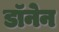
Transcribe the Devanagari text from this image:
डॉनेन